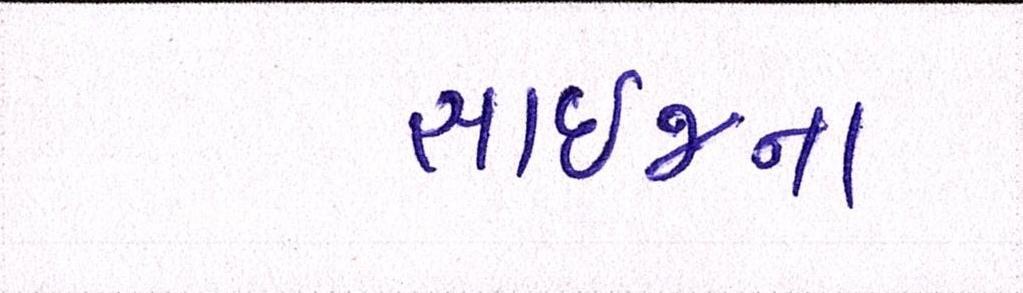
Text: સાઈજના